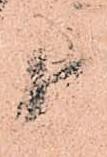
近